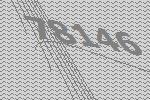
78146